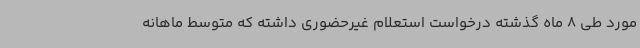
مورد طی 8 ماه گذشته درخواست استعلام غیرحضوری داشته که متوسط ماهانه